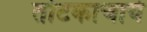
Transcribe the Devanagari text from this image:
तोटकाचार्य